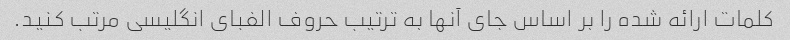
کلمات ارائه شده را بر اساس جای آنها به ترتیب حروف الفبای انگلیسی مرتب کنید.